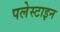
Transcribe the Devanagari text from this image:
पलेस्टाइन